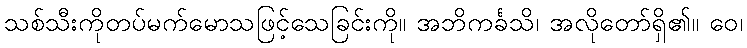
သစ်သီးကိုတပ်မက်မောသဖြင့်သေခြင်းကို။ အဘိကင်္ခသိ၊ အလိုတော်ရှိ၏။ ဝေ၊